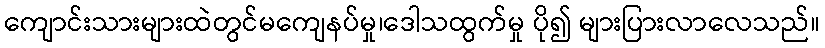
ကျောင်းသားများထဲတွင်မကျေနပ်မှု၊ဒေါသထွက်မှု ပို၍ များပြားလာလေသည်။